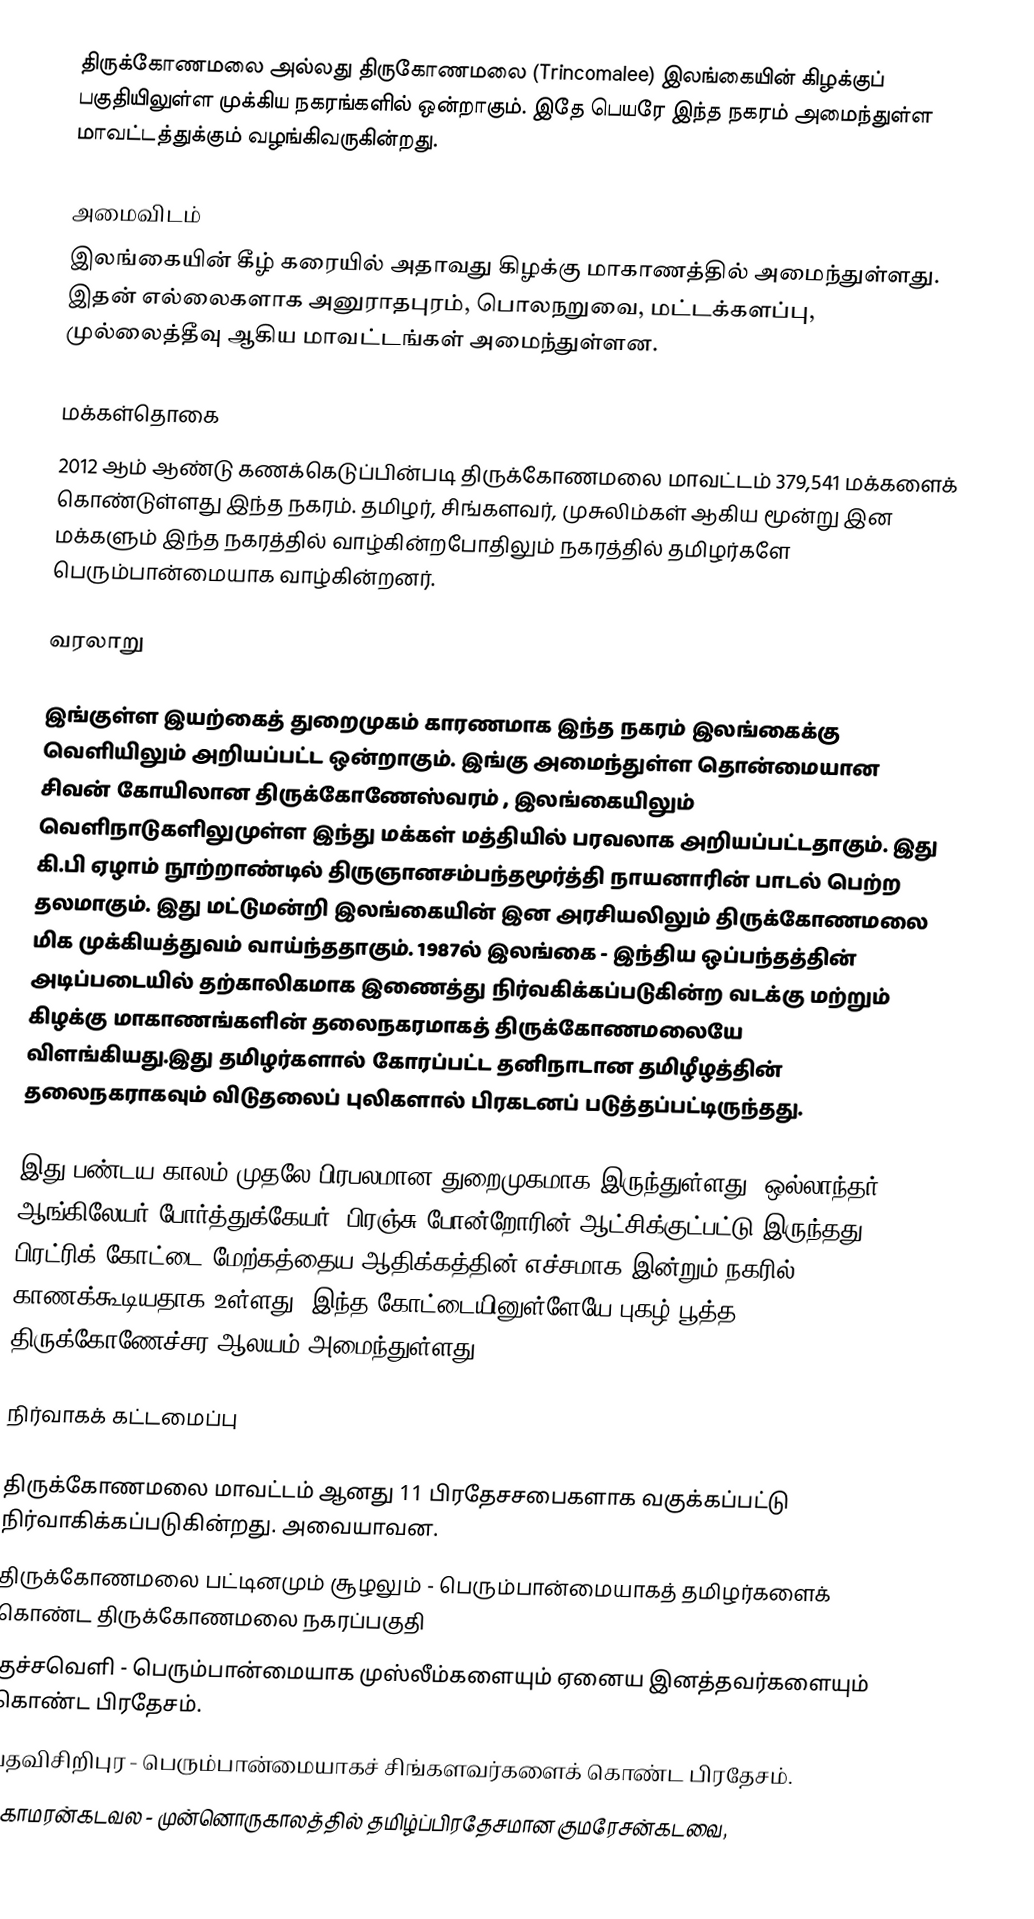
திருக்கோணமலை அல்லது திருகோணமலை (Trincomalee) இலங்கையின் கிழக்குப் பகுதியிலுள்ள முக்கிய நகரங்களில் ஒன்றாகும். இதே பெயரே இந்த நகரம் அமைந்துள்ள மாவட்டத்துக்கும் வழங்கிவருகின்றது.

அமைவிடம்
இலங்கையின் கீழ் கரையில்  அதாவது கிழக்கு மாகாணத்தில் அமைந்துள்ளது. இதன் எல்லைகளாக அனுராதபுரம், பொலநறுவை, மட்டக்களப்பு, முல்லைத்தீவு ஆகிய மாவட்டங்கள் அமைந்துள்ளன.

மக்கள்தொகை
2012 ஆம் ஆண்டு கணக்கெடுப்பின்படி திருக்கோணமலை மாவட்டம்  379,541 மக்களைக் கொண்டுள்ளது இந்த நகரம். தமிழர், சிங்களவர், முசுலிம்கள் ஆகிய மூன்று இன மக்களும் இந்த நகரத்தில் வாழ்கின்றபோதிலும் நகரத்தில் தமிழர்களே பெரும்பான்மையாக வாழ்கின்றனர்.

வரலாறு

இங்குள்ள இயற்கைத் துறைமுகம் காரணமாக இந்த நகரம் இலங்கைக்கு வெளியிலும் அறியப்பட்ட ஒன்றாகும். இங்கு அமைந்துள்ள தொன்மையான சிவன் கோயிலான திருக்கோணேஸ்வரம் , இலங்கையிலும் வெளிநாடுகளிலுமுள்ள இந்து மக்கள் மத்தியில் பரவலாக அறியப்பட்டதாகும். இது கி.பி ஏழாம் நூற்றாண்டில் திருஞானசம்பந்தமூர்த்தி நாயனாரின் பாடல் பெற்ற தலமாகும். இது மட்டுமன்றி இலங்கையின் இன அரசியலிலும் திருக்கோணமலை மிக முக்கியத்துவம் வாய்ந்ததாகும். 1987ல் இலங்கை - இந்திய ஒப்பந்தத்தின் அடிப்படையில் தற்காலிகமாக இணைத்து நிர்வகிக்கப்படுகின்ற வடக்கு மற்றும் கிழக்கு மாகாணங்களின் தலைநகரமாகத் திருக்கோணமலையே விளங்கியது.இது  தமிழர்களால் கோரப்பட்ட தனிநாடான தமிழீழத்தின் தலைநகராகவும் விடுதலைப் புலிகளால் பிரகடனப் படுத்தப்பட்டிருந்தது.

இது பண்டய காலம் முதலே பிரபலமான துறைமுகமாக இருந்துள்ளது. ஒல்லாந்தர், ஆங்கிலேயர்,போர்த்துக்கேயர், பிரஞ்சு போன்றோரின் ஆட்சிக்குட்பட்டு இருந்தது. பிரட்ரிக் கோட்டை மேற்கத்தைய ஆதிக்கத்தின் எச்சமாக இன்றும் நகரில் காணக்கூடியதாக உள்ளது. இந்த கோட்டையினுள்ளேயே புகழ் பூத்த திருக்கோணேச்சர ஆலயம் அமைந்துள்ளது.

நிர்வாகக் கட்டமைப்பு

திருக்கோணமலை மாவட்டம் ஆனது 11 பிரதேசசபைகளாக வகுக்கப்பட்டு நிர்வாகிக்கப்படுகின்றது. அவையாவன.
திருக்கோணமலை பட்டினமும் சூழலும் - பெரும்பான்மையாகத் தமிழர்களைக் கொண்ட திருக்கோணமலை நகரப்பகுதி
குச்சவெளி - பெரும்பான்மையாக முஸ்லீம்களையும் ஏனைய இனத்தவர்களையும் கொண்ட பிரதேசம்.
பதவிசிறிபுர - பெரும்பான்மையாகச் சிங்களவர்களைக் கொண்ட பிரதேசம்.
கோமரன்கடவல - முன்னொருகாலத்தில் தமிழ்ப்பிரதேசமான குமரேசன்கடவை,